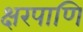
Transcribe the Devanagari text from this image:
क्षरपाणि